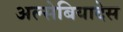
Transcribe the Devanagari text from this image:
अल्सेबियादेस